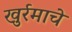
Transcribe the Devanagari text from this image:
खुर्रमाचे